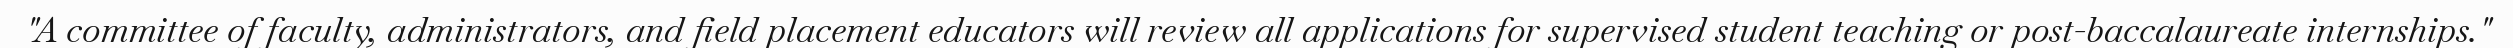
"A committee of faculty, administrators, and field placement educators will review all applications for supervised student teaching or post-baccalaureate internships."